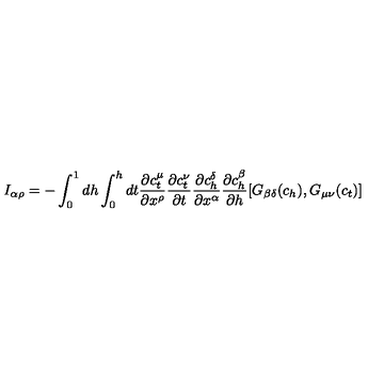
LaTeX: I _ { \alpha \rho } = - \int _ { 0 } ^ { 1 } d h \int _ { 0 } ^ { h } d t \frac { \partial c _ { t } ^ { \mu } } { \partial x ^ { \rho } } \frac { \partial c _ { t } ^ { \nu } } { \partial t } \frac { \partial c _ { h } ^ { \delta } } { \partial x ^ { \alpha } } \frac { \partial c _ { h } ^ { \beta } } { \partial h } [ G _ { \beta \delta } ( c _ { h } ) , G _ { \mu \nu } ( c _ { t } ) ]